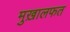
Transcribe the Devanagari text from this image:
मुख़ालफत